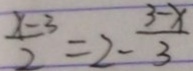
\frac { x - 3 } { 2 } = 2 - \frac { 3 - x } { 3 }